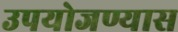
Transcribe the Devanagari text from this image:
उपयोजण्यास